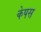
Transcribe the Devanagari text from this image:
केपस